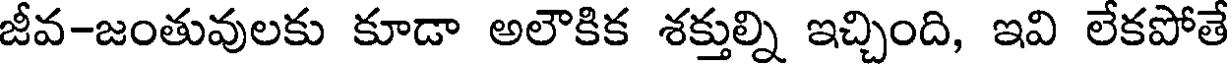
జీవ-జంతువులకు కూడా అలౌకిక శక్తుల్ని ఇచ్చింది, ఇవి లేకపోతే